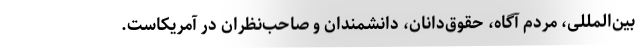
بین‌المللی، مردم آگاه، حقوق‌دانان، دانشمندان و صاحب‌نظران در آمریکاست.